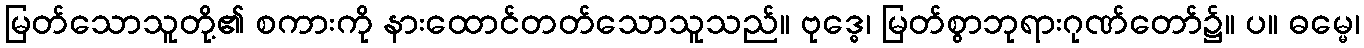
မြတ်သောသူတို့၏ စကားကို နားထောင်တတ်သောသူသည်။ ဗုဒ္ဓေ၊ မြတ်စွာဘုရားဂုဏ်တော်၌။ ပ။ ဓမ္မေ၊